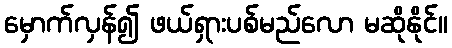
မှောက်လှန်၍ ဖယ်ရှားပစ်မည်လော မဆိုနိုင်။